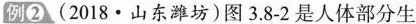
例② (2018 · 山东潍坊) 图 3.8-2 是人体部分生